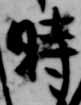
時